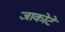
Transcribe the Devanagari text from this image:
जाकोटे